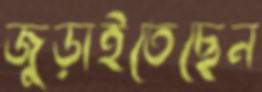
জুড়াইতেছেন